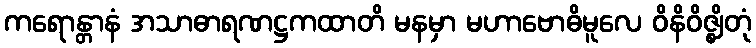
ကရောန္တာနံ အသာဓာရဏဋ္ဌကထာတိ မနမှာ မဟာဗောဓိမူလေ ဝိနိဝိဇ္ဈိတုံ